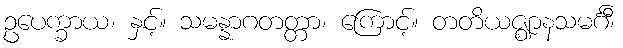
ဥပေက္ခာယ၊ နှင့်။ သမန္နာဂတတ္တာ၊ ကြောင့်။ တတိယဇ္ဈာနသမင်္ဂီ၊